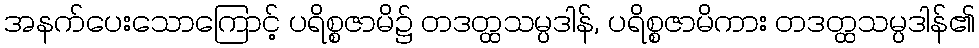
အနက်ပေးသောကြောင့် ပရိစ္စဇာမိ၌ တဒတ္ထသမ္ပဒါန်, ပရိစ္စဇာမိကား တဒတ္ထသမ္ပဒါန်၏